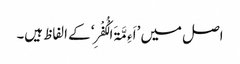
اصل میں ’اَءِمَّۃَ الْکُفْرِ‘ کے الفاظ ہیں۔